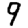
Digit: 9